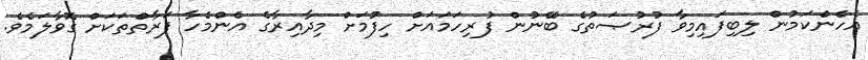
އެހެންކަމުން ލިބިފައިމިވާ ފުރުޞަތުގެ ބޭނުން ފުރިހަމައަށް ހިފުމަށް މިދާއިރާގެ އެންމެހާ ފަރާތްތަކަށް ގޮވާލަމެވެ.